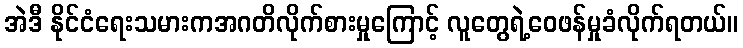
အဲဒီ နိုင်ငံရေးသမားကအဂတိလိုက်စားမှုကြောင့် လူတွေရဲ့ဝေဖန်မှုခံလိုက်ရတယ်။